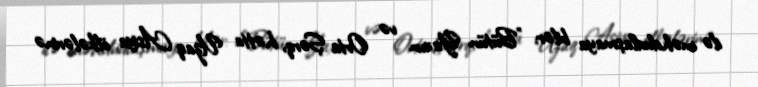
ilə məhdudlaşmaya bilər: "Bütün Yaxın və Orta Şərq, hətta Uzaq Asiya ölkələrinə